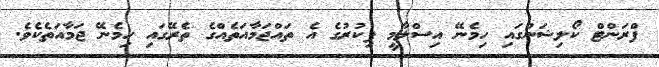
ފްރަންޓް ކޯލިޝަންގައި ހިމެނޭ އިސްލާމީ ފިކުރުގެ އެ ތައްޖަމާއަތެއްގެ ތެރޭގައި ހިމެނޭ ޖަމާއަތެކެވެ.